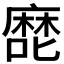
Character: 𰈴